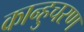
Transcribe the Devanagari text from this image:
कान्हुचरण